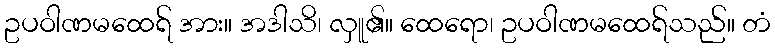
ဥပဝါဏမထေရ် အား။ အဒါသိ၊ လှူ၏။ ထေရော၊ ဥပဝါဏမထေရ်သည်။ တံ